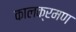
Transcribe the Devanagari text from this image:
कालक्रमण